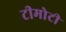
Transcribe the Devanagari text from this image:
टीमोटी